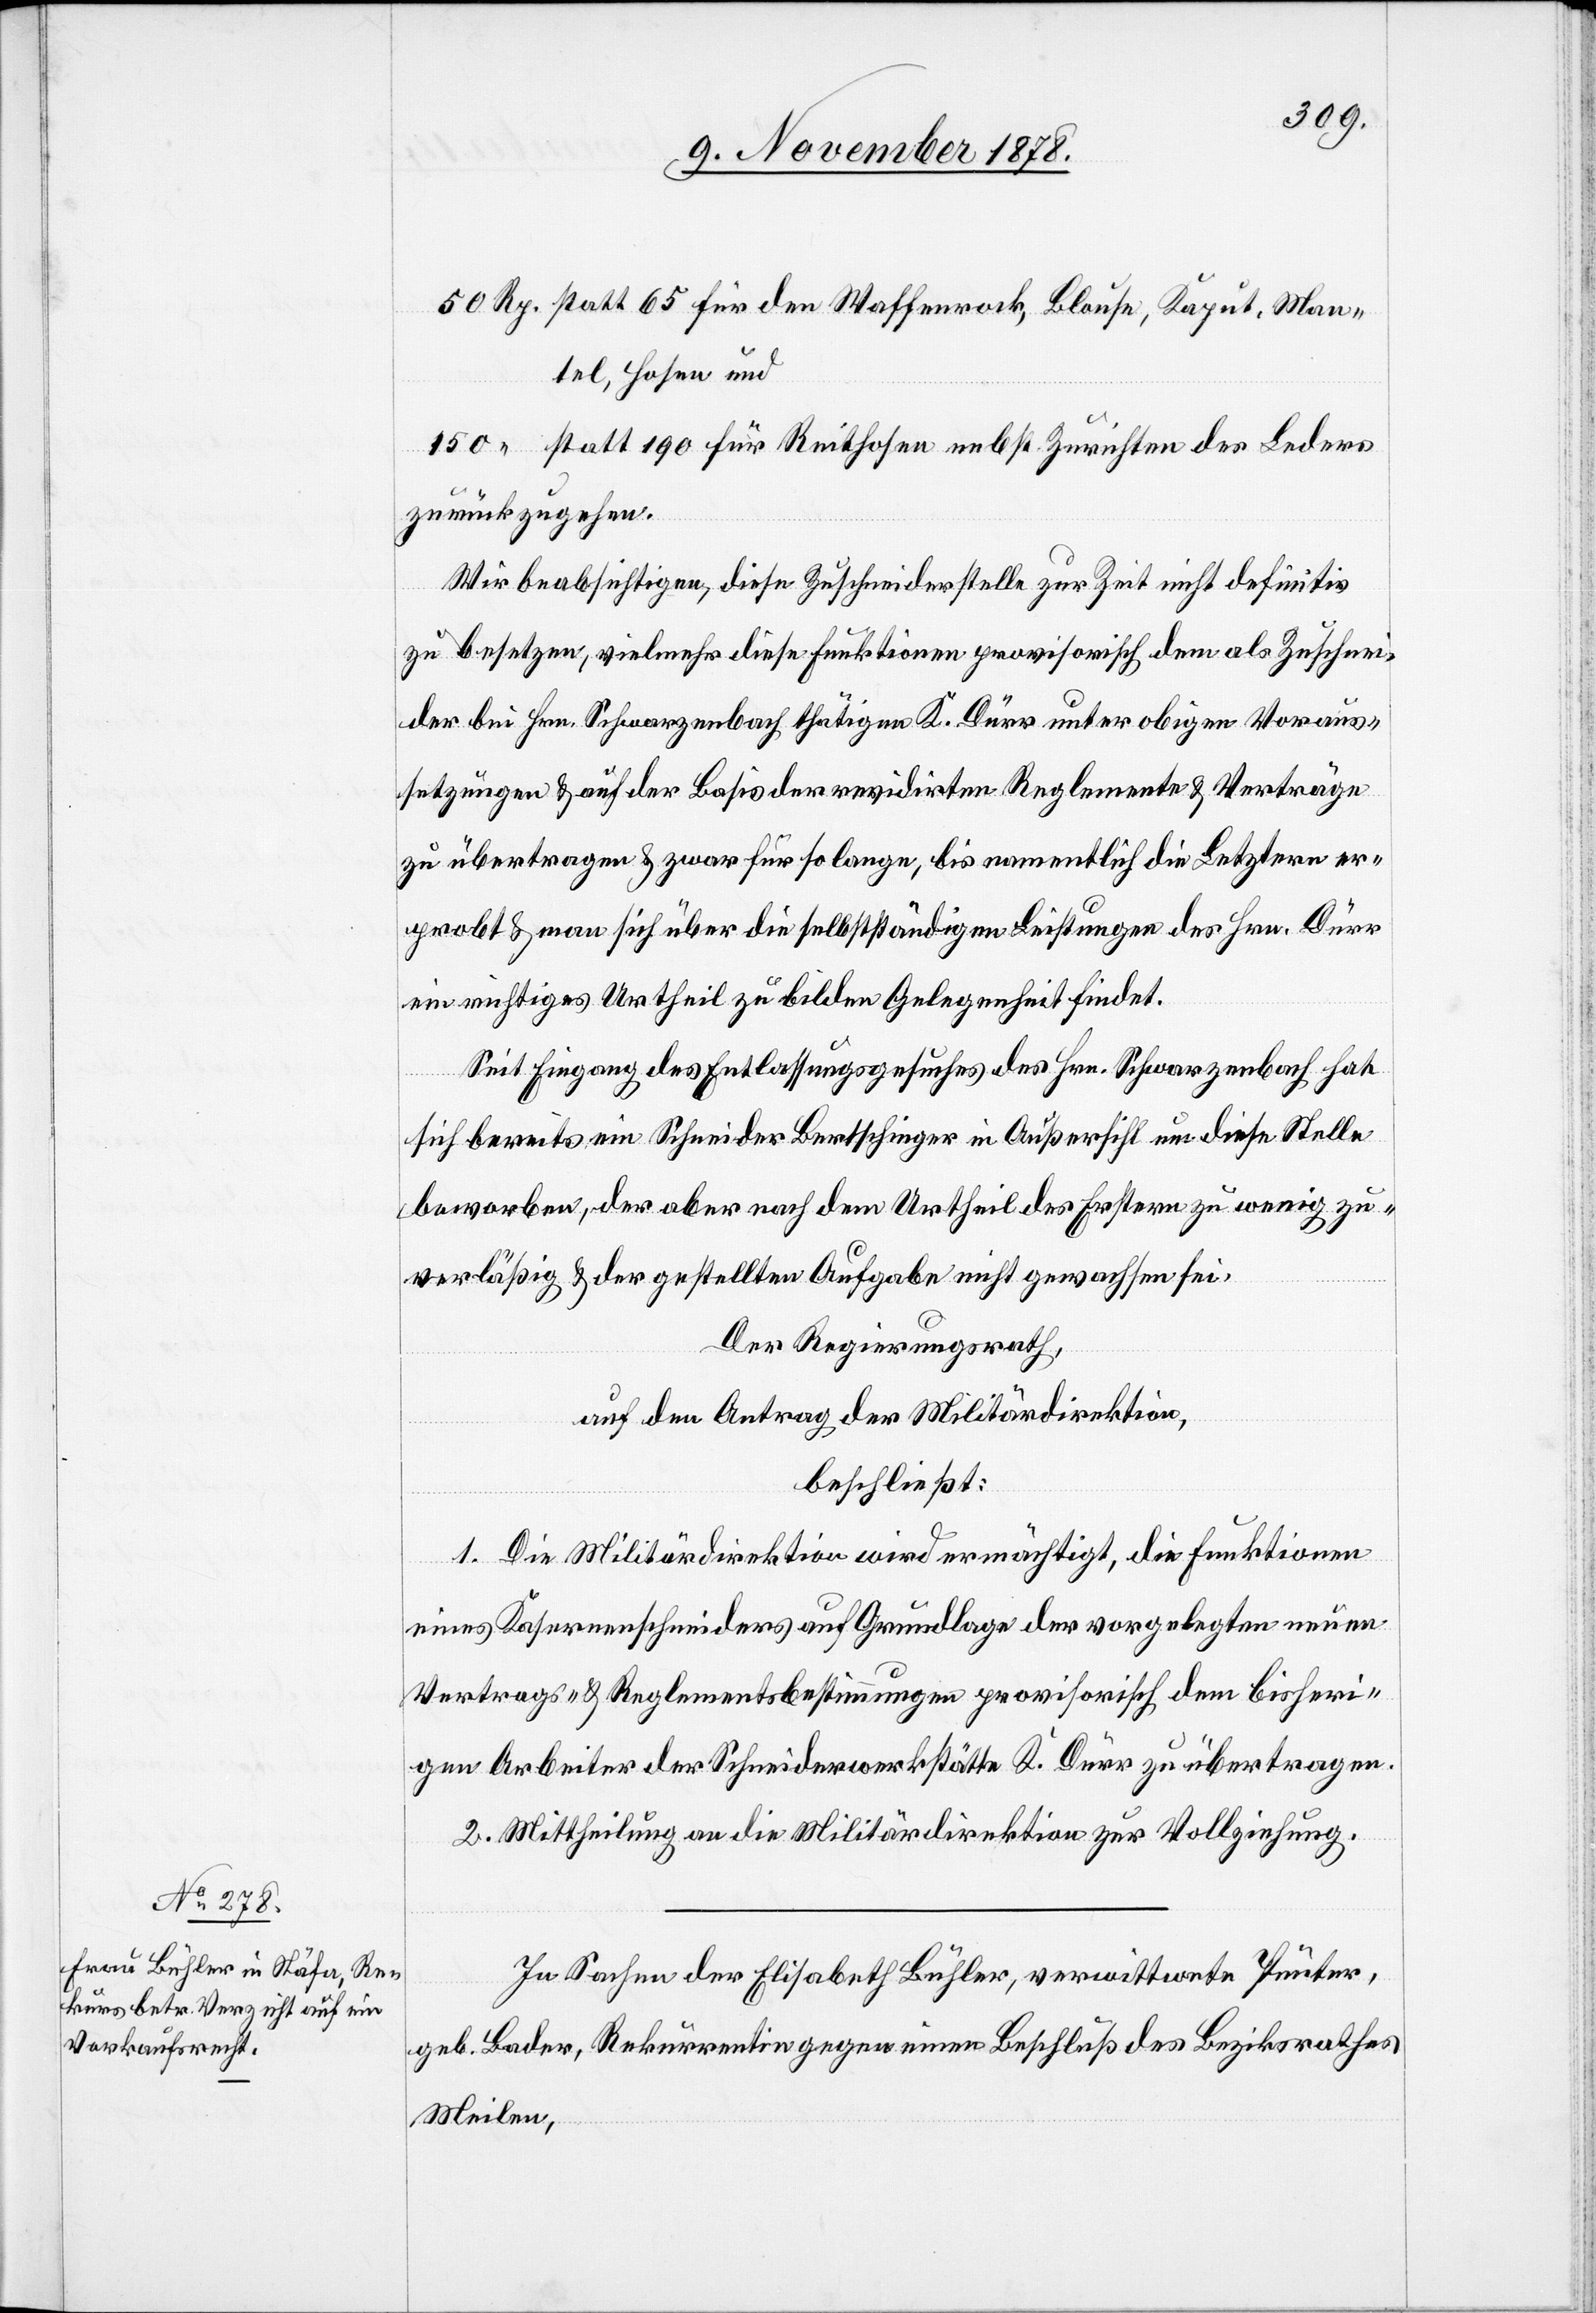
50 Rp. statt 65 für den Wasserrock, Blouse, Kaput, Man¬
tel, Hosen und
150 “ statt 190 für Reithosen nebst Zurichten des Leders
zurückzugehen.
Wir beabsichtigen, diese Zuschneiderstelle zur Zeit nicht definitiv
zu besetzen, vielmehr diese Funktionen provisorisch dem als Zuschnei¬
der bei Hrn. Schwarzenbach thätigen K. Dürr unter obigen Voraus¬
setzungen & auf der Basis der revidirten Reglemente & Verträge
zu übertragen & zwar für so lange, bis namentlich die Letztern er¬
probt & man sich über die selbstständigen Leistungen des Hrn. Dürr
ein richtiges Urtheil zu bilden Gelegenheit findet.
Seit Eingag des Entlassungsgesuches des Hrn. Schwarzenbach hat
sich bereits ein Schneider Bertschinger in Außersihl um diese Stelle
beworben, der aber nach dem Urtheil des Erstern zu wenig zu¬
verlässig & der gestellten Aufgabe nicht gewachsen sei.
Der Regierungsrath,
auf den Antrag der Militärdirektion,
beschließt:
1. Die Militärdirektion wird ermächtigt, die Funktionen
eines Kasernenschneiders auf Grundlage der vorgelegten neuen
Vertrags- & Reglementsbestimmungen provisorisch dem bisheri¬
gen Arbeiter der Schneiderwerkstätte K. Dürr zu übertragen.
2. Mittheilung an die Militärdirektion zur Vollziehung.
In Sachen der Elisabeth Bühler, verwittwete Pünter,
geb. Bader, Rekurrentin gegen einen Beschluß des Bezirksrathes
Meilen,